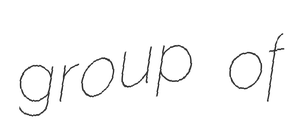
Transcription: group of